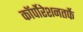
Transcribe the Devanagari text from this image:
कॉर्पोरेशनतर्फे